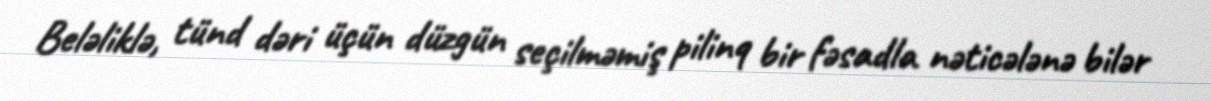
Beləliklə, tünd dəri üçün düzgün seçilməmiş pilinq bir fəsadla nəticələnə bilər